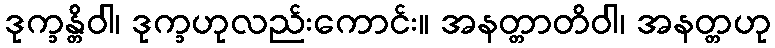
ဒုက္ခန္တိဝါ၊ ဒုက္ခဟုလည်းကောင်း။ အနတ္တာတိဝါ၊ အနတ္တဟု